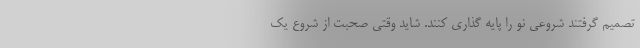
تصمیم گرفتند شروعی نو را پایه گذاری کنند. شاید وقتی صحبت از شروع یک